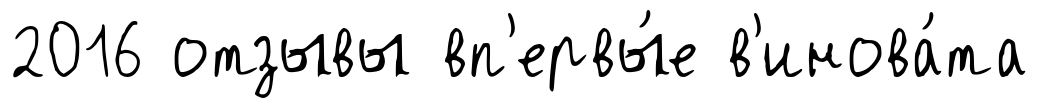
2016 отзывы вп'ервы́е в'инова́та